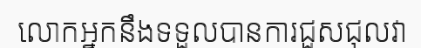
លោកអ្នកនឹងទទួលបានការជួសជុលវា